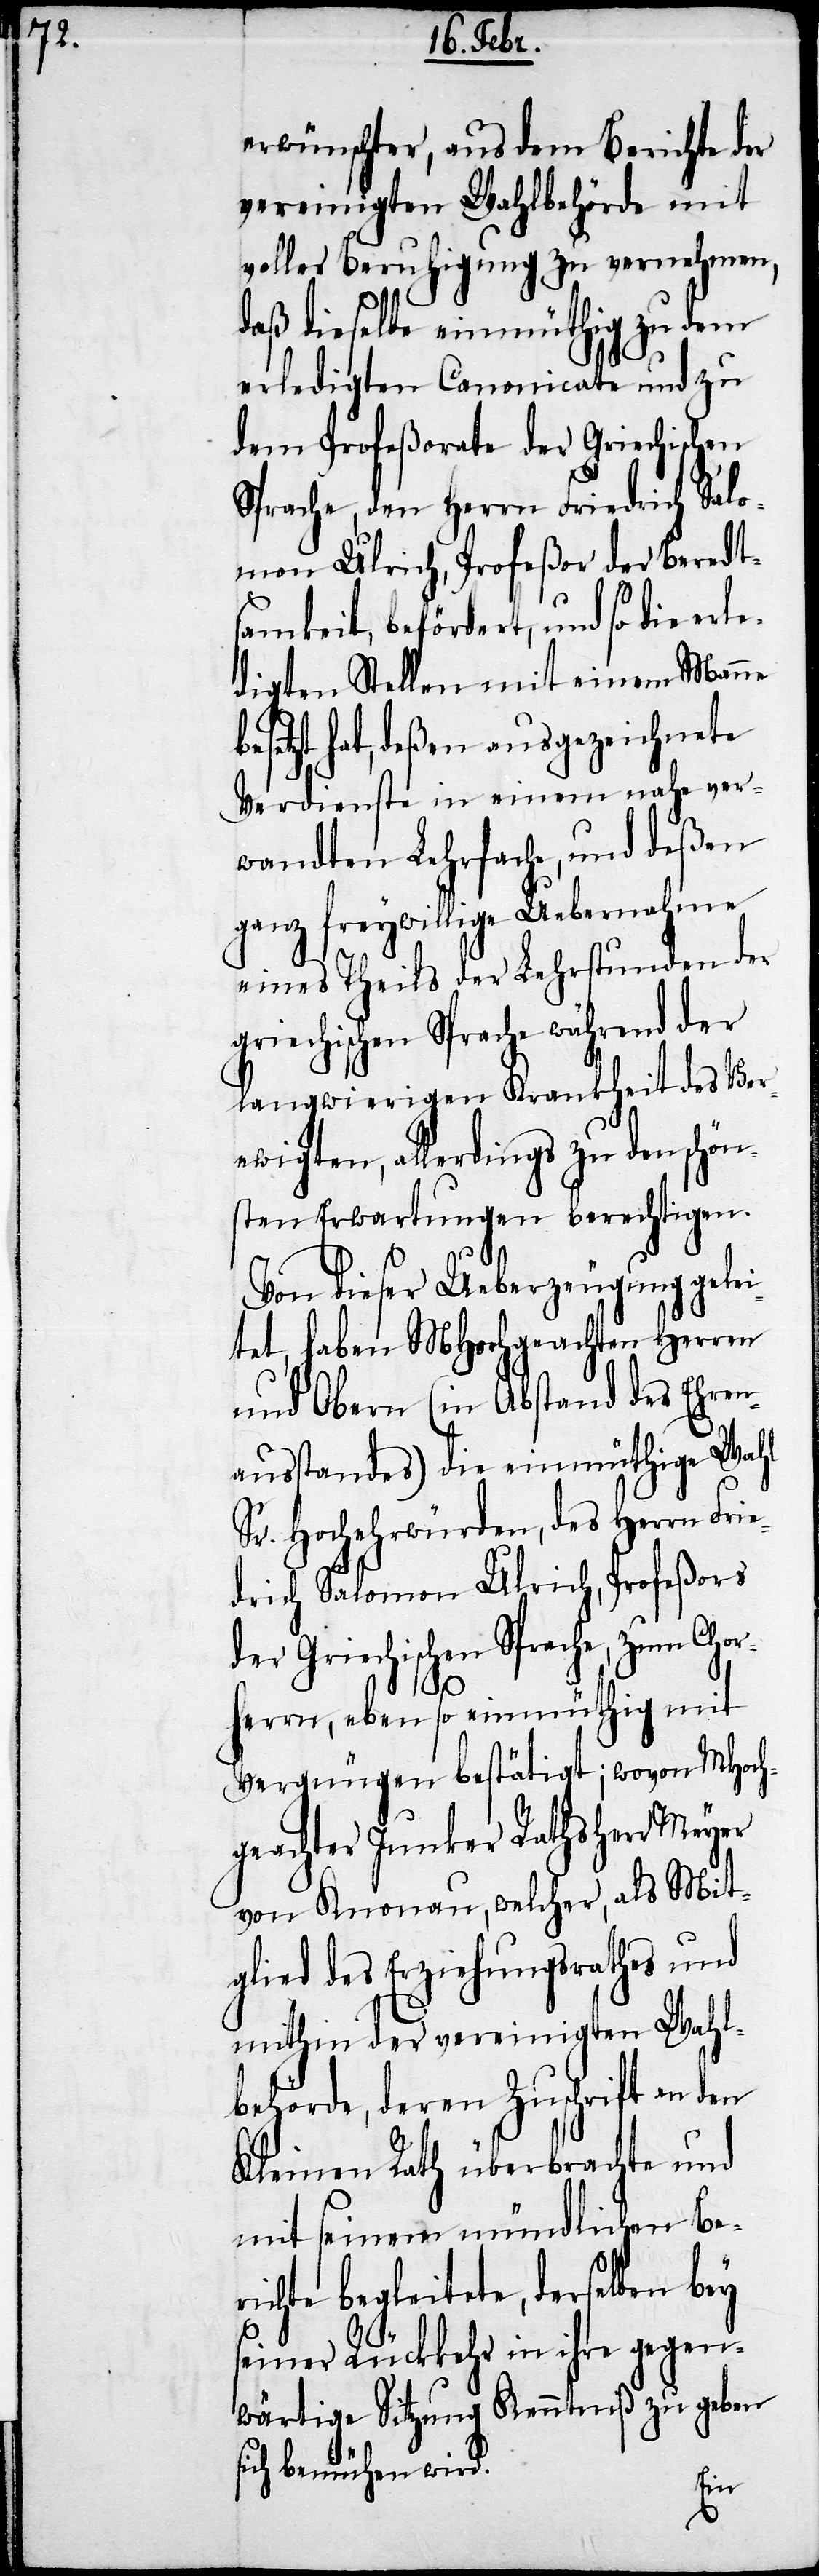
erwünschter, aus dem Berichte der
vereinigten Wahlbehörde mit
voller Beruhigung zu vernehmen,
daß dieselbe einmüthig zu dem
erledigten Canonicate und zu
dem Profeßorate der Griechischen
Sprache, den Herrn Friedrich Salo¬
mon Ulrich, Profeßor der Beredt¬
samkeit, befördert, und so die erle¬
digten Stellen mit einem Manne
etzt hat, deßen ausgezeichnete
Verdienste in einem nahe ver¬
wandten Lehrsache, und deßen
ganz freywillige Uebernahme
eines Theils der Lehrstunden der
griechischen Sprache während der
langwierigen Krankheit des Ver¬
ewigten, allerdings zu den schön¬
sten Erwartungen berechtigen.
Von dieser Ueberzeugung gelei¬
tet, haben MHochgeachten Herren
und Obern (in Abstand des Ehren¬
ausstandes) die einmüthige Wahl
Sr. Hochehrwürden, des Herrn Frie¬
drich Salomon Ulrich, Profeßors
der Griechischen Sprache, zum Chor¬
bes¬
herrn, ebenso einmüthig mit
Vergnügen bestätigt; wovon MHoch¬
geachter Junker Rathsherr Meyer
von Knonau, welcher, als Mit¬
glied des Erziehungsrathes und
mithin der vereinigten Wahl¬
behörde, deren Zuschrift an den
Kleine Rath überbrachte und
mit seinem mündlichen Ber¬
ichte begleitete, derselben bey
seiner Rückkehr in ihre gegen¬
wärtige Sitzung Kenntniß zu geben
sich bemühen wird.